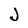
Character: J